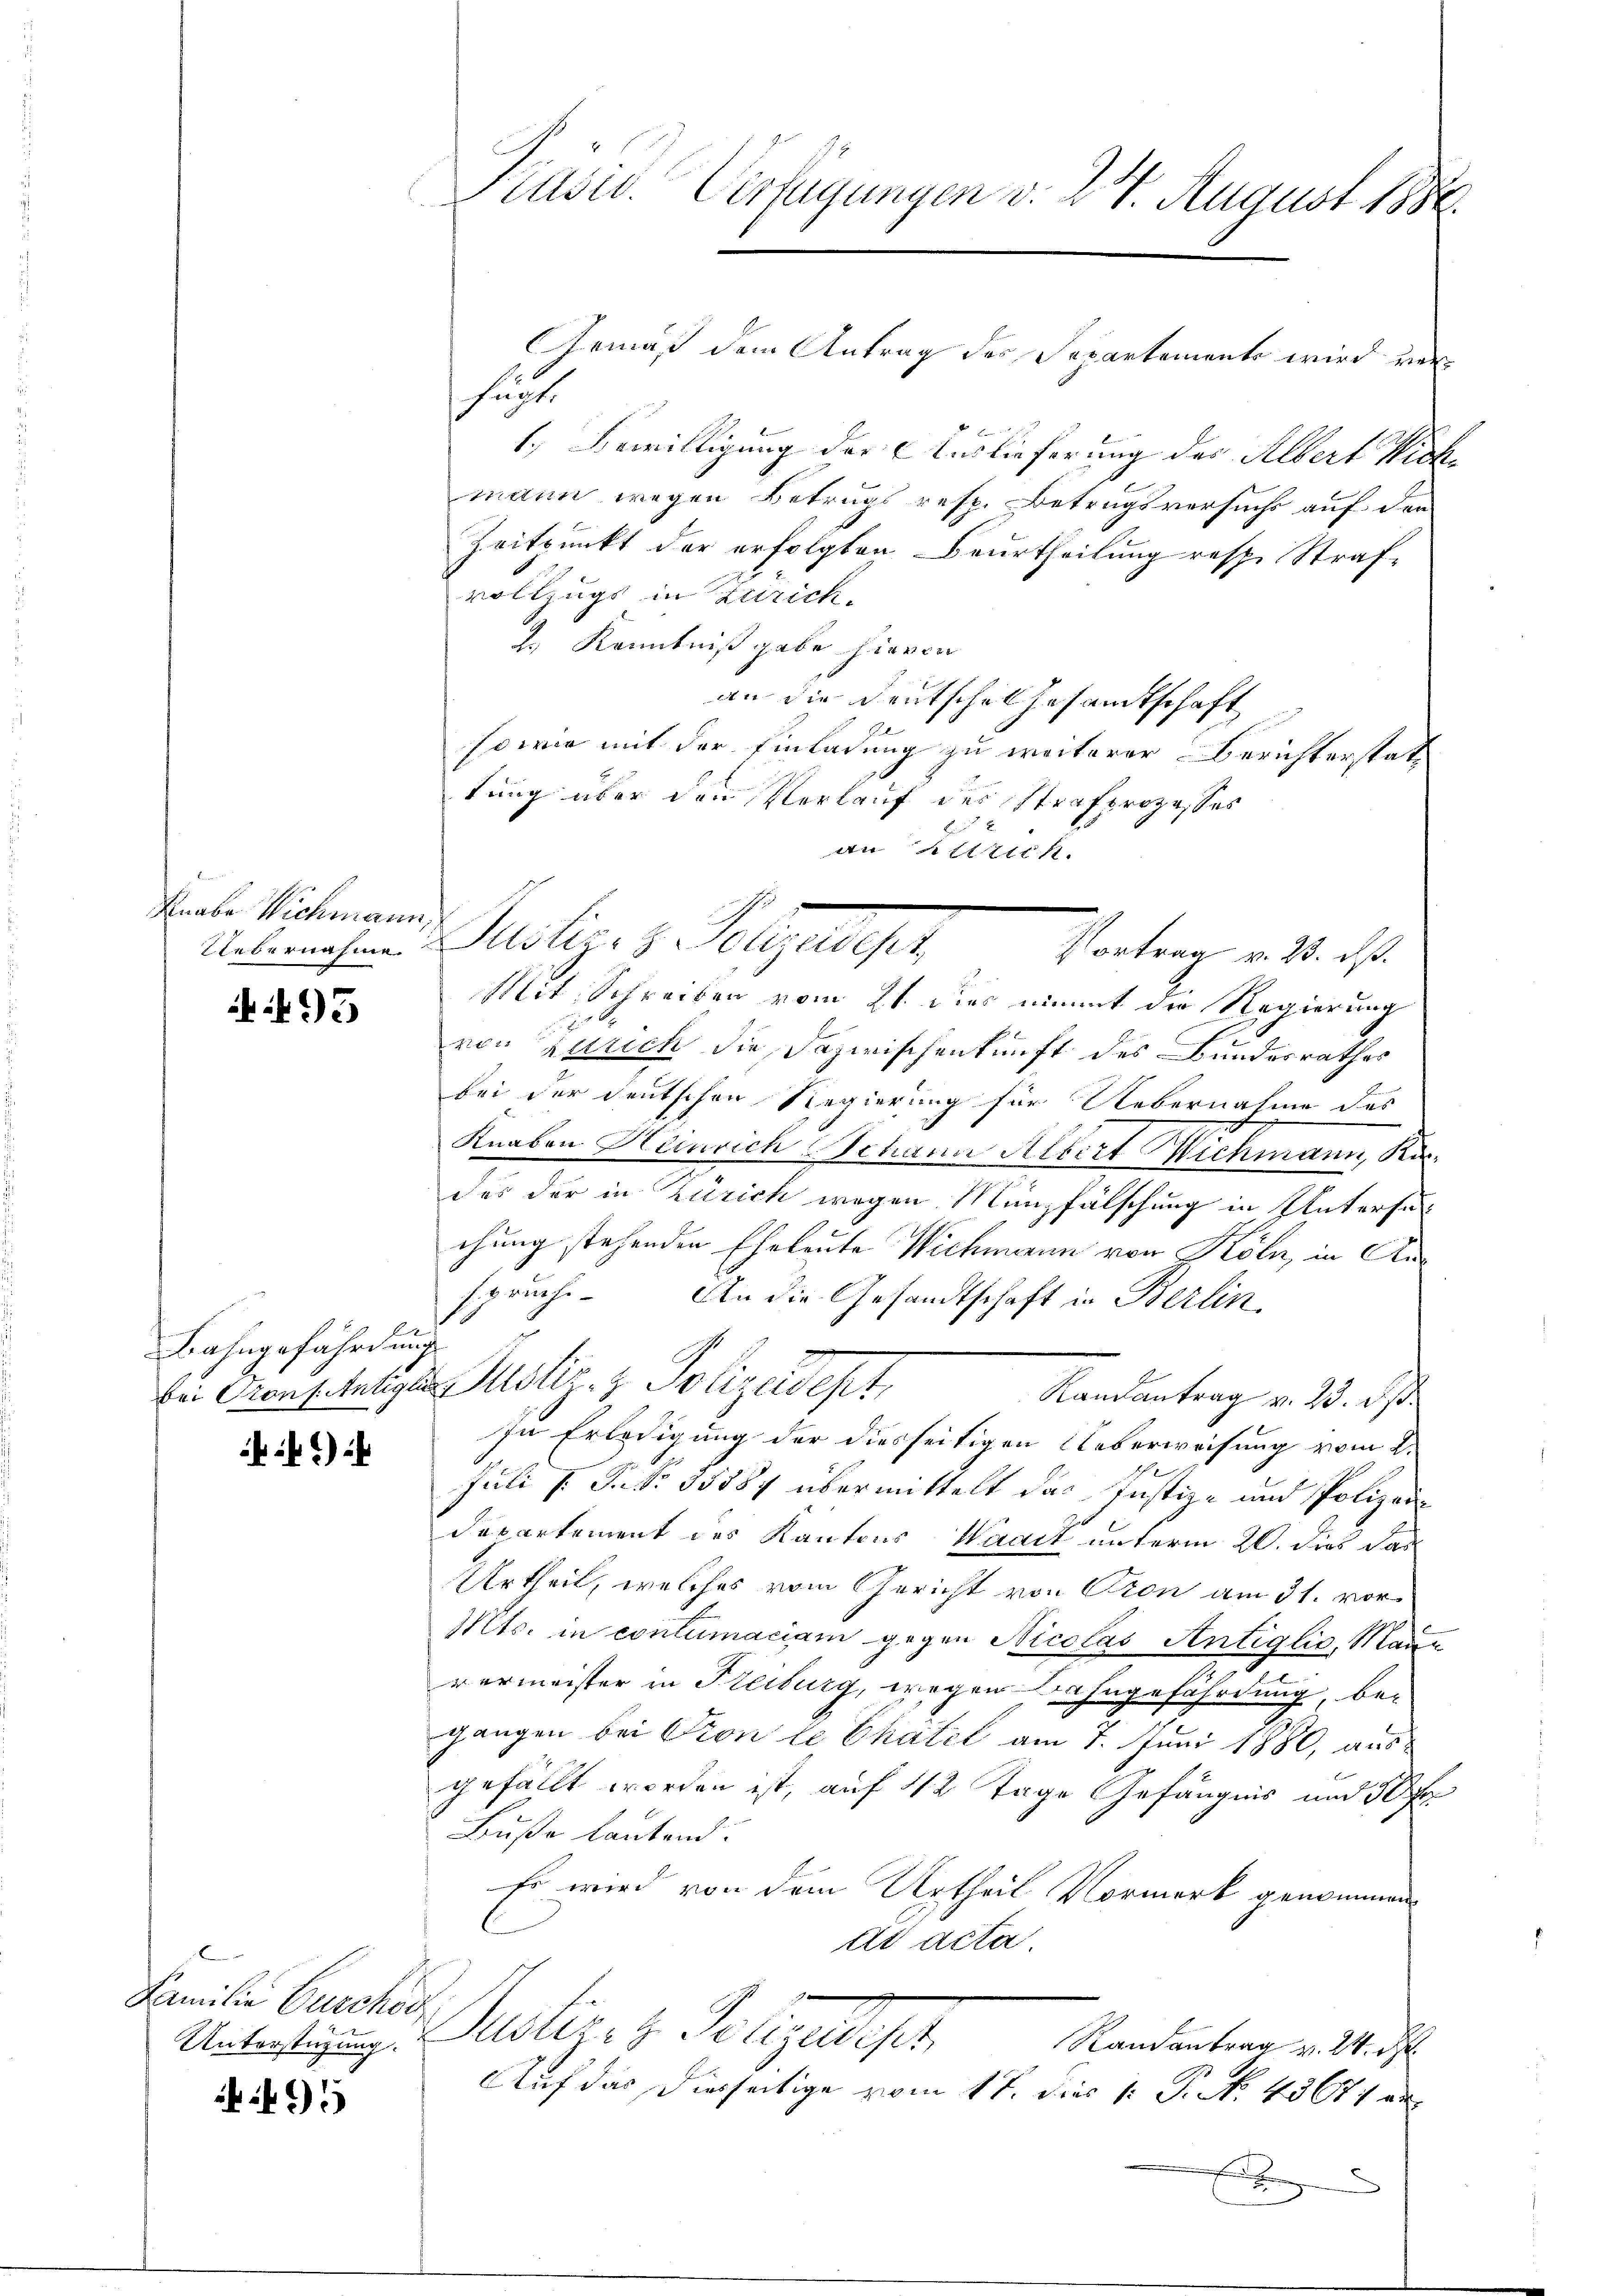
Knabe Wichmann,

495

Bahngefährdung

):

C
Familie Burchsc
Unterstützung.

495

Præses. Verfügungen d. 24. August 1888.

Gemäß dem Antrag der Separtemente wird verhuste
1. Bewilligung der Auslieferung des Albert Nich
mann wegen Betrugs resp. Betrugsversuchs auf den
Zeitpunkt der erfolgten Beurtheilung resp. Straf-
vollzugs in Zürich.
2.) Kenntniß gabe hievon
an die Deutsche Gesamtschaft
sowie mit der Einladung zu weiterer Berichterstat
tung über den Verlauf des Strafprozesses
an Zürich.
Abrahen Justiz- & Polizeis
Vortrag v. 3. ds.
Mit Schreiben vom 21. dies nimmt die Regierung
von Zürich die Dazwischenkunft des Bundesrathes
bei der deutschen Regierung für Uebernahme des
Knaben Heinrich Schann Albert Michmann, Ka
des der in Zürich wegen Münzfälschung in Untersachung stehenden Eheleute Wichmann von Köln, in An
sprache. An die Gesandtschaft in Berlin
bei Transitätigten Notiz- & Polizeidept
Randantrag v. 23. ds.
In Erledigung der diesseitigen Ueberweisung vom 2.
Juli P. P. Nr. 35884 übermittelt das Justiz- und Polizei¬
Departement des Kantons Waadt unterm 20. dies das
Urtheil, welches vom Gericht von Pion am 31. vor¬
Mts. in contumaciam gegen Nicolas Antiglio, Mann
vermeister in Freiburg, wegen Bahngefährdung be-
gangen bei Pron le Chatel am 7. Juni 1880, aus
gefällt worden ist, auf 12 Tage Gefängnis und 30 Fr.
Buße lautend.
Es wird von dem Urtheil Vormerk genommen
dd acta
huster, z. Sengutes,
Randantrag v. 24. d.
Auf das diesseitige vom 17. dies k. P. t. 43671 an
E